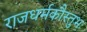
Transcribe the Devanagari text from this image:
राजधर्मकौस्तुभः